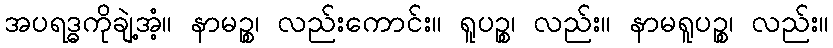
အပရဒ္ဓကိုချဲ့အံ့။ နာမဉ္စ၊ လည်းကောင်း။ ရူပဉ္စ၊ လည်း။ နာမရူပဉ္စ၊ လည်း။